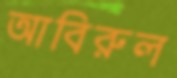
আবিরুল